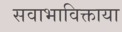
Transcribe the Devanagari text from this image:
सवाभाविक्ताया